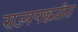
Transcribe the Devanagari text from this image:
राज्यपद्धतीत